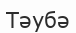
Тәубә